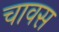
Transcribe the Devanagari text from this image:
चावस